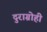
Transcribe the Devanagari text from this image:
दुराग्रोही